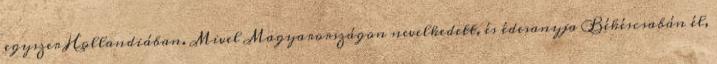
egyszer Hollandiában. Mivel Magyarországon nevelkedett, és édesanyja Békéscsabán él,